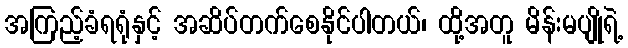
အကြည့်ခံရရုံနှင့် အဆိပ်တက်စေနိုင်ပါတယ်၊ ထို့အတူ မိန်းမပျိုရဲ့